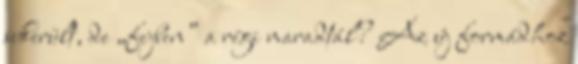
sikerült, de „fejben” a régi maradtál? Az új formádhoz